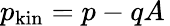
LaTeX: p_{\mathrm{kin}}=p-qA\,